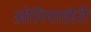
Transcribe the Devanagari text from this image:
ओरियाडोरी